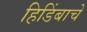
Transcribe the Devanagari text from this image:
हिडिंबाचे